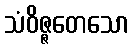
သံဝိဇ္ဇတေသော